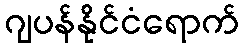
ဂျပန်နိုင်ငံရောက်